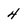
Character: 4